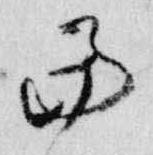
当